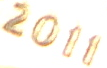
2011